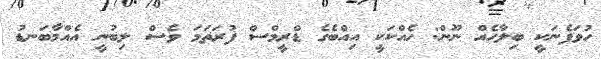
ހުވަފެނަކީ ބިލާހެއް ނޫން: ހެއްކަކީ އިއްބެގެ ޑްރީމްސް ފުރަތަމަ ވެސް ލިބުނީ އެއްމާބަނޑު